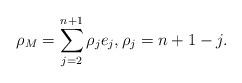
LaTeX: \begin{align*}\rho_M = \sum_{j=2}^{n+1} \rho_j e_j,\rho_j = n+1-j.\end{align*}